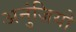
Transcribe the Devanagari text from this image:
अनुंज़ियो